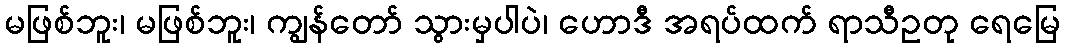
မဖြစ်ဘူး၊ မဖြစ်ဘူး၊ ကျွန်တော် သွားမှပါပဲ၊ ဟောဒီ အရပ်ထက် ရာသီဥတု ရေမြေ